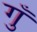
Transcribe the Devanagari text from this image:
गुँ